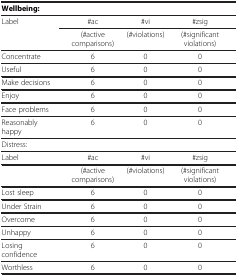
<table><thead><tr><td colspan="4"><b> </b></td></tr></thead><tbody><tr><td colspan="4"><b>Wellbeing:</b></td></tr><tr><td rowspan="2">Label</td><td>#ac</td><td>#vi</td><td>#zsig</td></tr><tr><td>(#active comparisons)</td><td>(#violations)</td><td>(#significant violations)</td></tr><tr><td>Concentrate</td><td>6</td><td>0</td><td>0</td></tr><tr><td>Useful</td><td>6</td><td>0</td><td>0</td></tr><tr><td>Make decisions</td><td>6</td><td>0</td><td>0</td></tr><tr><td>Enjoy</td><td>6</td><td>0</td><td>0</td></tr><tr><td>Face problems</td><td>6</td><td>0</td><td>0</td></tr><tr><td>Reasonably happy</td><td>6</td><td>0</td><td>0</td></tr><tr><td>Distress:</td><td> </td><td> </td><td> </td></tr><tr><td>Label</td><td>#ac</td><td>#vi</td><td>#zsig</td></tr><tr><td> </td><td>(#active comparisons)</td><td>(#violations)</td><td>(#significant violations)</td></tr><tr><td>Lost sleep</td><td>6</td><td>0</td><td>0</td></tr><tr><td>Under Strain</td><td>6</td><td>0</td><td>0</td></tr><tr><td>Overcome</td><td>6</td><td>0</td><td>0</td></tr><tr><td>Unhappy</td><td>6</td><td>0</td><td>0</td></tr><tr><td>Losing confidence</td><td>6</td><td>0</td><td>0</td></tr><tr><td>Worthless</td><td>6</td><td>0</td><td>0</td></tr></tbody></table>